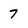
Character: 7